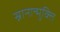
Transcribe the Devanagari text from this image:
स्नानान्मुक्ति